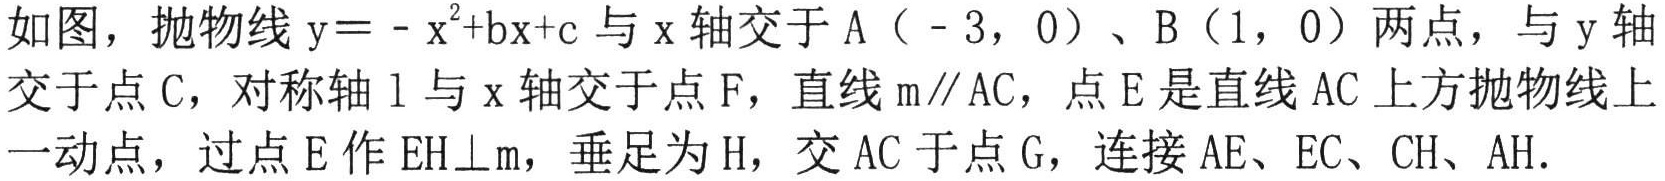
如图，抛物线 \(y=-x^{2}+bx + c\) 与 \(x\) 轴交于 \(A(-3,0)\)、\(B(1,0)\) 两点，与 \(y\) 轴
交于点 \(C\)，对称轴 \(l\) 与 \(x\) 轴交于点 \(F\)，直线 \(m\parallel AC\)，点 \(E\) 是直线 \(AC\) 上方抛物线上
一动点，过点 \(E\) 作 \(EH\perp m\)，垂足为 \(H\)，交 \(AC\) 于点 \(G\)，连接 \(AE\)、\(EC\)、\(CH\)、\(AH\).